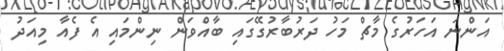
އަންނަ އަހަރުގެ މާޗް މަހު ދަރުބާރުގޭގައި ބާއްވަން ނިންމައި އެ ފެއާ މިއަދު